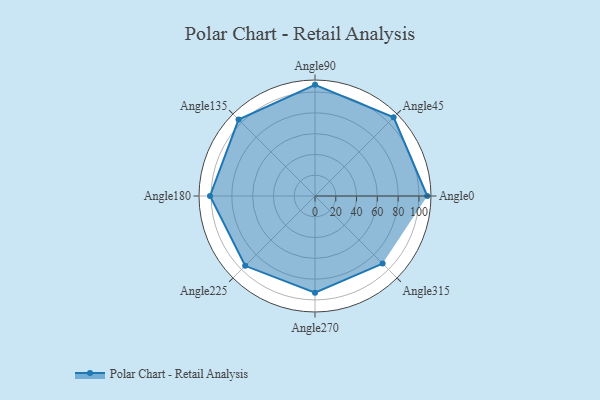
{"axis": {"x": "Angle", "y": "Radius"}, "legend": [""], "data": [{"x": "Angle0", "y": 108.0, "type": ""}, {"x": "Angle45", "y": 107.0, "type": ""}, {"x": "Angle90", "y": 107.0, "type": ""}, {"x": "Angle135", "y": 104.0, "type": ""}, {"x": "Angle180", "y": 101.0, "type": ""}, {"x": "Angle225", "y": 95.0, "type": ""}, {"x": "Angle270", "y": 93.0, "type": ""}, {"x": "Angle315", "y": 92.0, "type": ""}]}